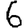
Digit: 6